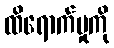
ထိရောက်မှုကို